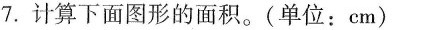
7.计算下面图形的面积。(单位：cm)